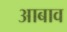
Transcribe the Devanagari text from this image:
आबाव